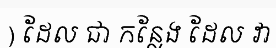
) ដែល ជា កន្លែង ដែល វា